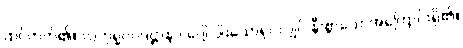
ထင်တတ်၏။ လဟုရူပပဒဋ္ဌာနာ၊ ပေါ့ ပါးသောရုပ်လျှင် နီးစွာသောအကြောင်းရှိ၏။